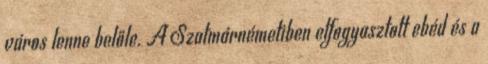
város lenne belőle. A Szatmárnémetiben elfogyasztott ebéd és a